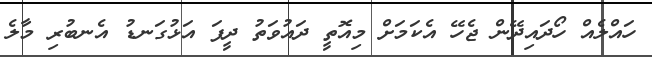
ހައްލެއް ހޯދައިދޭން ޖެހޭ އެކަމަށް މިއޮތީ ދައުވަތު ދީފަ އަޅުގަނޑު އެނބުރި މާލެ